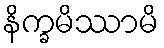
နိက္ခမိဿာမိ